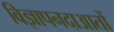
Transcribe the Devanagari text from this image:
विज्ञापनदाआतों